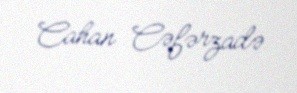
Cahan Cəfərzadə